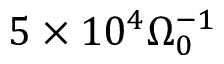
5 \times 1 0 ^ { 4 } \Omega _ { 0 } ^ { - 1 }